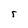
Character: 5